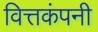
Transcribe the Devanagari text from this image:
वित्तकंपनी